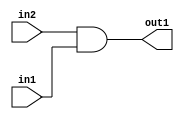
`timescale 1ps / 1ps
/*****************************************************************************
    Verilog RTL Description
    
    
    Created by: CellMath Designer 2019.1.01 
*******************************************************************************/

module float_div_And_1Ux1U_1U_4 (
	in2,
	in1,
	out1
	); /* architecture "behavioural" */ 
input  in2,
	in1;
output  out1;
wire  asc001;

assign asc001 = 
	(in2)
	&(in1);

assign out1 = asc001;
endmodule

/* CADENCE  urX3TQA= : u9/ySgnWtBlWxVPRXgAZ4Og= ** DO NOT EDIT THIS LINE ******/